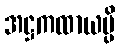
အဋ္ဌကထာယမ္ပိ